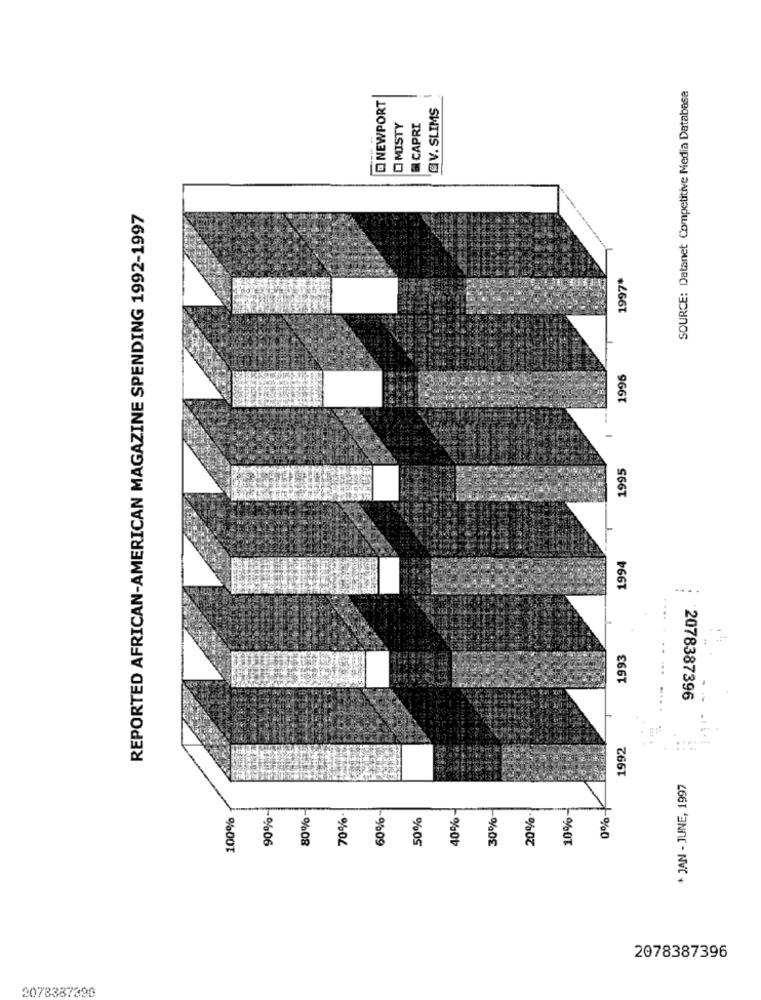
SOURCE: Datanet Competitive Media Databasa
NEWPORT
-
@V. SLIMS
MISTY
CAPRI
--- -
REPORTED AFRICAN-AMERICAN MAGAZINE SPENDING 1992-1997
1997*
1996
-..
1995
1994
..
1993
2078387396
1992
* JAN - JUNE, 1997
100%
90%-
80%
70%*
60%
50%
40%
30%
20%
10%-
0%
2078387396
2078387390